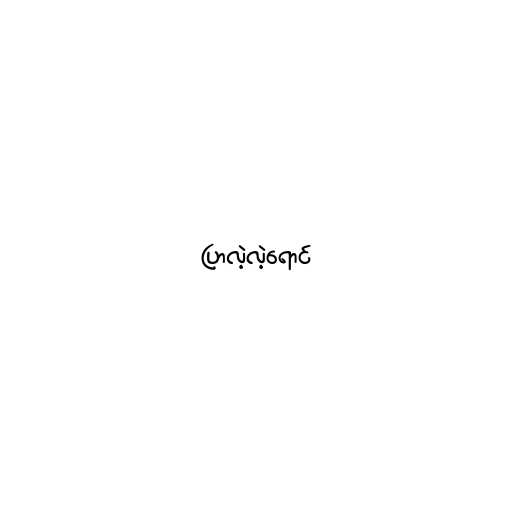
ပြာလဲ့လဲ့ရောင်